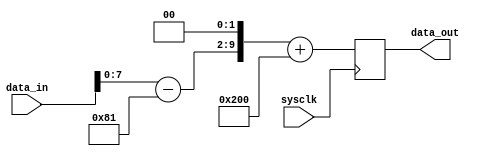

module processor (sysclk, data_in, data_out);

	input				sysclk;		// system clock
	input [9:0]		data_in;		// 10-bit input data
	output [9:0] 	data_out;	// 10-bit output data

	wire				sysclk;
	wire [9:0]		data_in;
	reg [9:0] 		data_out;
	wire [9:0]		x,y;

	parameter 		ADC_OFFSET = 10'h181;
	parameter 		DAC_OFFSET = 10'h200;

	assign x = data_in[9:0] - ADC_OFFSET;		// x is input in 2's complement
	
	// This part should include your own processing hardware 
	
	
	assign y = x << 2;
	
	//  Now clock y output with system clock
	always @(posedge sysclk)
		data_out <=  y + DAC_OFFSET;
		
endmodule